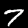
Digit: 7